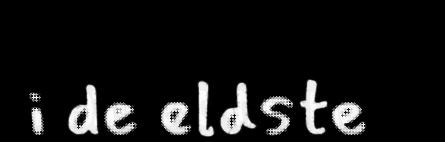
i de eldste